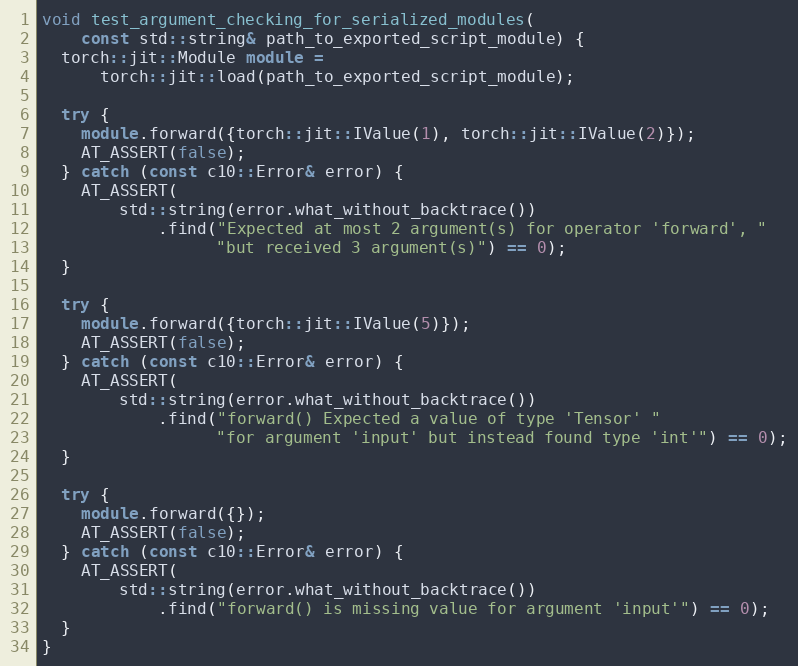
Language: C++
void test_argument_checking_for_serialized_modules(
    const std::string& path_to_exported_script_module) {
  torch::jit::Module module =
      torch::jit::load(path_to_exported_script_module);

  try {
    module.forward({torch::jit::IValue(1), torch::jit::IValue(2)});
    AT_ASSERT(false);
  } catch (const c10::Error& error) {
    AT_ASSERT(
        std::string(error.what_without_backtrace())
            .find("Expected at most 2 argument(s) for operator 'forward', "
                  "but received 3 argument(s)") == 0);
  }

  try {
    module.forward({torch::jit::IValue(5)});
    AT_ASSERT(false);
  } catch (const c10::Error& error) {
    AT_ASSERT(
        std::string(error.what_without_backtrace())
            .find("forward() Expected a value of type 'Tensor' "
                  "for argument 'input' but instead found type 'int'") == 0);
  }

  try {
    module.forward({});
    AT_ASSERT(false);
  } catch (const c10::Error& error) {
    AT_ASSERT(
        std::string(error.what_without_backtrace())
            .find("forward() is missing value for argument 'input'") == 0);
  }
}